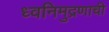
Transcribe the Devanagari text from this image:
ध्वनिमुद्रणाची